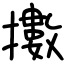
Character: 擻